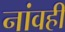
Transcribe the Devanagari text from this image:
नांवही